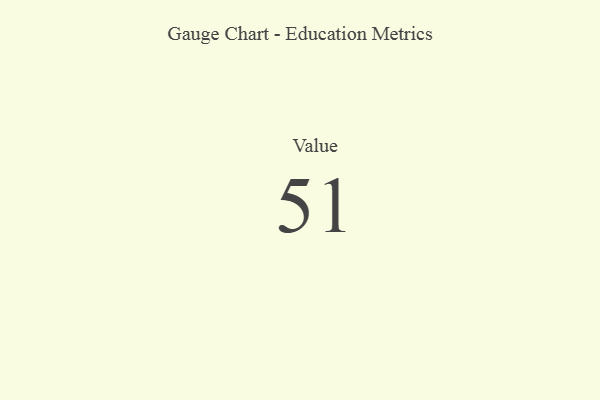
{"axis": {"x": "Metric", "y": "Value"}, "legend": [""], "data": [{"x": "Value", "y": 51, "type": ""}]}